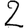
Digit: 2